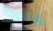
والحكومة